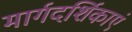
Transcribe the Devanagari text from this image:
मार्गदर्शिकाएं